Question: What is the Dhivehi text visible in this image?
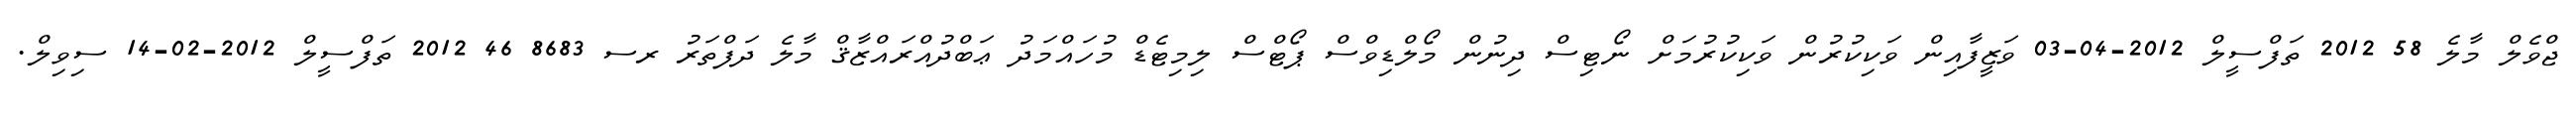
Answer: ޖްވެލް މާލެ 58 2012 ތަފްސީލް 2012-04-03 ވަޒީފާއިން ވަކިކުރުން ވަކިކުރުމަށް ނޯޓިސް ދިނުން މޯލްޑިވްސް ޕޯޓްސް ލިމިޓެޑް މުހައްމަދު ޢަބްދުއްރައްޒާޤް މާލެ ދަފްތަރު ރސ 8683 46 2012 ތަފްސީލް 2012-02-14 ސިވިލް.